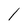
Character: l